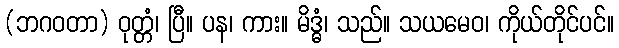
(ဘဂဝတာ) ဝုတ္တံ၊ ပြီ။ ပန၊ ကား။ မိဒ္ဓံ၊ သည်။ သယမေဝ၊ ကိုယ်တိုင်ပင်။